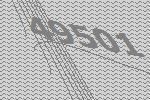
49501